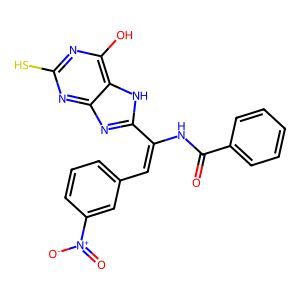
SMILES: O=C(NC(=Cc1cccc([N+](=O)[O-])c1)c1nc2nc(S)nc(O)c2[nH]1)c1ccccc1
Inhibits HIV replication: No